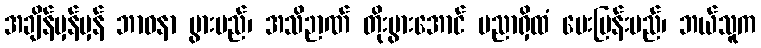
အချိန်မှန်မှန် ဘာဝနာ ပွားမည်၊ အသိဉာဏ် တိုးပွားအောင် ပညာရှိထံ မေးမြန်းမည်၊ ဘယ်သူက